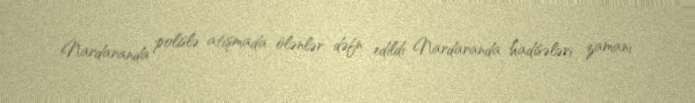
Nardaranda polislə atışmada ölənlər dəfn edildi Nardaranda hadisələri zamanı